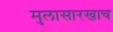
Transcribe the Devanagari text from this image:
मुलासारखाच